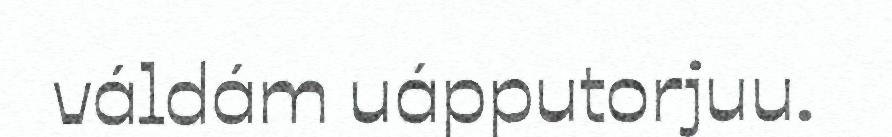
váldám uápputorjuu.